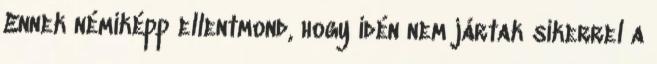
Ennek némiképp ellentmond, hogy idén nem jártak sikerrel a